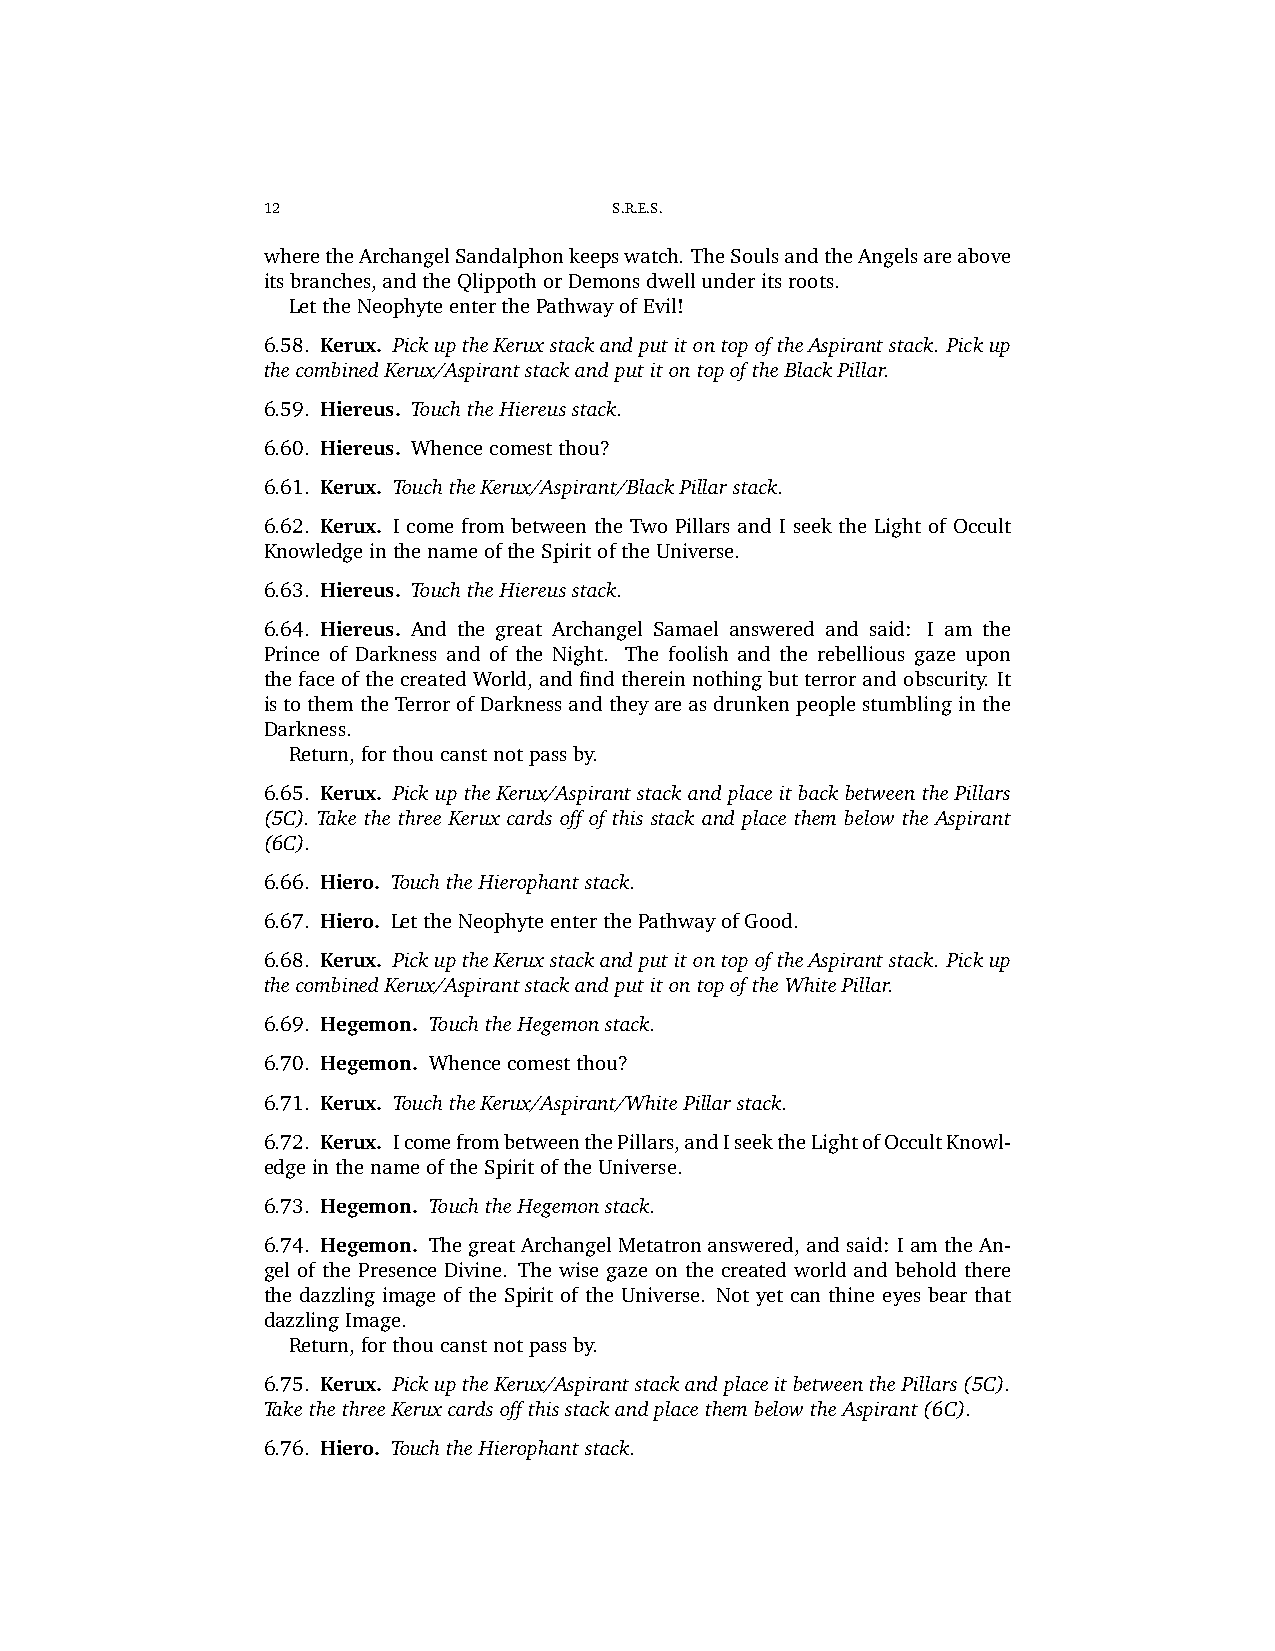
12                      S.R.E.S.
 wheretheArchangelSandalphonkeepswatch. TheSoulsandtheAngelsareabove
 itsbranches,andtheQlippothorDemonsdwellunderitsroots.
 LettheNeophyteenterthePathwayofEvil!
 6.58. Kerux. PickuptheKeruxstackandputitontopoftheAspirantstack. Pickup
 thecombinedKerux/AspirantstackandputitontopoftheBlackPillar.
 6.59. Hiereus. TouchtheHiereusstack.
 6.60. Hiereus. Whencecomestthou?
 6.61. Kerux. TouchtheKerux/Aspirant/BlackPillarstack.
 6.62. Kerux. I come from between the Two Pillars and I seek the Light of Occult
 KnowledgeinthenameoftheSpiritoftheUniverse.
 6.63. Hiereus. TouchtheHiereusstack.
 6.64. Hiereus. And the great Archangel Samael answered and said: I am the
 Prince of Darkness and of the Night. The foolish and the rebellious gaze upon
 thefaceofthecreatedWorld, andfindthereinnothingbutterrorandobscurity. It
 istothemtheTerrorofDarknessandtheyareasdrunkenpeoplestumblinginthe
 Darkness.
 Return,forthoucanstnotpassby.
 6.65. Kerux. Pick up the Kerux/Aspirant stack and place it back between the Pillars
 (5C). Take the three Kerux cards off of this stack and place them below the Aspirant
 (6C).
 6.66. Hiero. TouchtheHierophantstack.
 6.67. Hiero. LettheNeophyteenterthePathwayofGood.
 6.68. Kerux. PickuptheKeruxstackandputitontopoftheAspirantstack. Pickup
 thecombinedKerux/AspirantstackandputitontopoftheWhitePillar.
 6.69. Hegemon. TouchtheHegemonstack.
 6.70. Hegemon. Whencecomestthou?
 6.71. Kerux. TouchtheKerux/Aspirant/WhitePillarstack.
 6.72. Kerux. IcomefrombetweenthePillars,andIseektheLightofOccultKnowl-
 edgeinthenameoftheSpiritoftheUniverse.
 6.73. Hegemon. TouchtheHegemonstack.
 6.74. Hegemon. ThegreatArchangelMetatronanswered,andsaid: IamtheAn-
 gel of the Presence Divine. The wise gaze on the created world and behold there
 the dazzling image of the Spirit of the Universe. Not yet can thine eyes bear that
 dazzlingImage.
 Return,forthoucanstnotpassby.
 6.75. Kerux. PickuptheKerux/AspirantstackandplaceitbetweenthePillars(5C).
 TakethethreeKeruxcardsoffthisstackandplacethembelowtheAspirant(6C).
 6.76. Hiero. TouchtheHierophantstack.